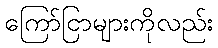
ကြော်ငြာများကိုလည်း